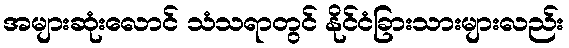
အများဆုံးလောင် သံသရာတွင် နိုင်ငံခြားသားများလည်း